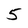
Character: 5